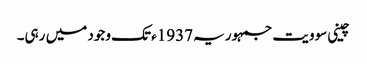
چینی سوویت جمہوریہ 1937ء تک وجود میں رہی۔